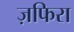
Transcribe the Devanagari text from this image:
ज़फिरा